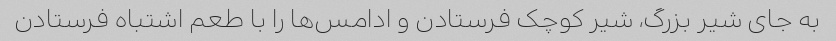
به جای شیر بزرگ، شیر کوچک فرستادن و ادامس‌ها را با طعم اشتباه فرستادن